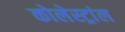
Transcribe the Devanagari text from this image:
कोलेस्ट्रांल